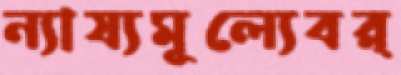
ন্যায্যমূল্যেবর্